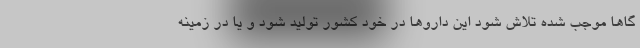
گاها موجب شده تلاش شود این داروها در خود کشور تولید شود و یا در زمینه